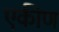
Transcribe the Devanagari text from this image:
एकीण